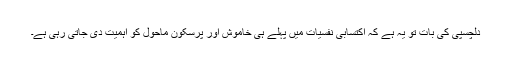
دلچسپی کی بات تو یہ ہے کہ اکتسابی نفسیات میں پہلے ہی خاموش اور پرسکون ماحول کو اہمیت دی جاتی رہی ہے۔